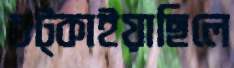
চট্‌কাইয়াছিলে